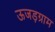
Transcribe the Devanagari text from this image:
ऊजड़ग्राम